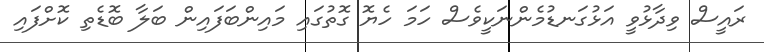
ރައީސް ވިދާޅުވީ އަޅުގަނޑުމެންނަކީވެސް ހަމަ ހެޔޮ ގޮތުގައި މައިންބަފައިން ބަލާ ބޮޑެތި ކޮށްފައި